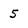
Character: 5